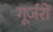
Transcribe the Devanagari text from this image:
गूर्जरों